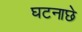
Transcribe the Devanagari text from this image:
घटनाछे